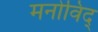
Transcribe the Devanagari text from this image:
मनोविद्